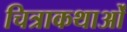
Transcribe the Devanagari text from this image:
चित्राकथाओं